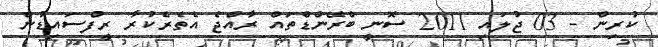
ކުރިން - 03 ޖުލައި 2011 ސޮނީ ބްރޭންޑްތައް ރާއްޖެ އެތެރެކުރާ ރީފްސައިޑުން